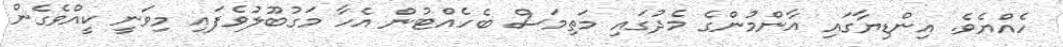
ހެއްޔެވެ. އިންޑިޔާގައި އާންމުންގެ މެދުގައި މަތިމަސް ބެހެއްޓުން އެހާ މަގުބޫލުވެފައި މިވަނީ ކީއްވެގެން